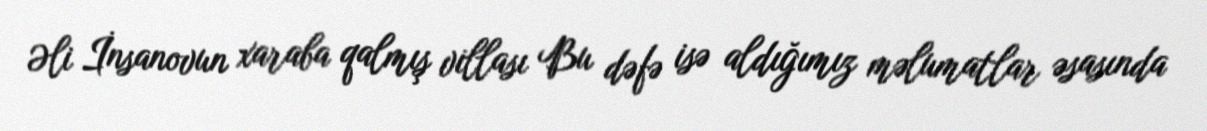
Əli İnsanovun xaraba qalmış villası Bu dəfə isə aldığımız məlumatlar əsasında